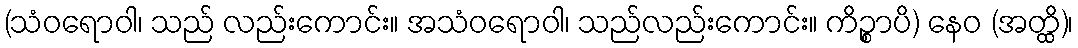
(သံဝရောဝါ၊ သည် လည်းကောင်း။ အသံဝရောဝါ၊ သည်လည်းကောင်း။ ကိဉ္စာပိ) နေဝ (အတ္ထိ)၊